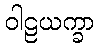
ဝါဠယက္ခာ